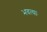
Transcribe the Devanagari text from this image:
भवत्याः